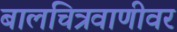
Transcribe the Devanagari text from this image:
बालचित्रवाणीवर